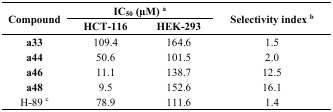
<table><thead><tr><td rowspan="2"><b>Compound</b></td><td colspan="2"><b>IC<sub>50</sub> (μM) <sup>a</sup></b></td><td rowspan="2"><b>Selectivity index <sup>b</sup></b></td></tr><tr><td><b>HCT-116</b></td><td><b>HEK-293</b></td></tr></thead><tbody><tr><td><b>a33</b></td><td>109.4</td><td>164.6</td><td>1.5</td></tr><tr><td><b>a44</b></td><td>50.6</td><td>101.5</td><td>2.0</td></tr><tr><td><b>a46</b></td><td>11.1</td><td>138.7</td><td>12.5</td></tr><tr><td><b>a48</b></td><td>9.5</td><td>152.6</td><td>16.1</td></tr><tr><td>H-89 <sup>c</sup></td><td>78.9</td><td>111.6</td><td>1.4</td></tr></tbody></table>